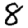
Digit: 8